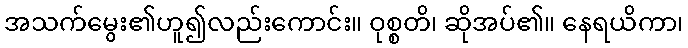
အသက်မွေး၏ဟူ၍လည်းကောင်း။ ဝုစ္စတိ၊ ဆိုအပ်၏။ နေရယိကာ၊